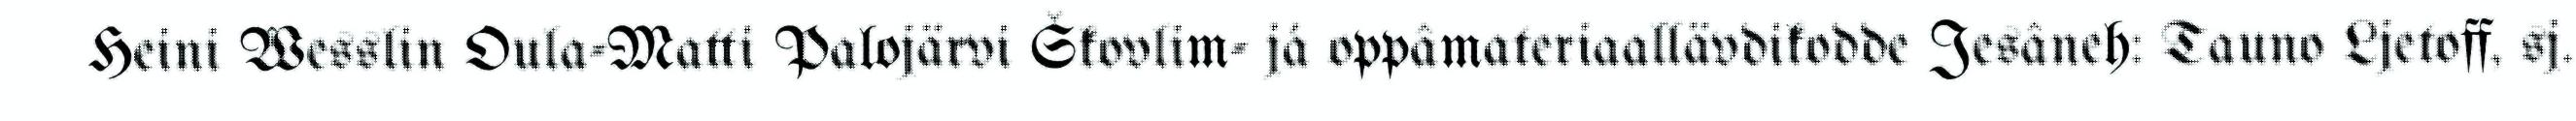
Heini Wesslin Oula-Matti Palojärvi Škovlim- já oppâmateriaallävdikodde Jesâneh: Tauno Ljetoff, sj.